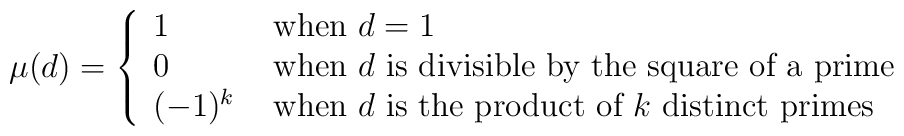
\mu(d)=\left\{\begin{array}{ll}1&\mbox{ when $d=1$}\\0&\mbox{ when $d$ is divisible by the square of a prime}\\(-1)^k&\mbox{ when $d$ is the product of $k$ distinct primes}\end{array}\right.